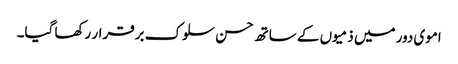
اموی دور میں ذمیوں کے ساتھ حسن سلوک برقرار رکھا گیا۔